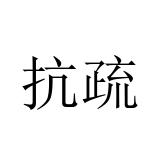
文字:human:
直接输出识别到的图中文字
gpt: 抗疏